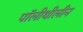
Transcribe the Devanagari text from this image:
पॉलीथीलीन